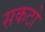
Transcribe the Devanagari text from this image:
सकटो